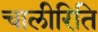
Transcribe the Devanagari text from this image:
चालीरिति